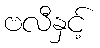
ဗလီနှင့်